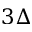
3 \Delta